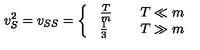
v _ { S } ^ { 2 } = v _ { S S } = \left\{ \ \begin{array} { l l } { \frac T m } & { \quad T \ll m } \\ { \frac 1 3 } & { \quad T \gg m } \\ \end{array} \right.